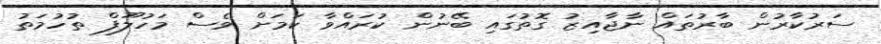
ސަރުކާރުން ބާރުތައް ނާޖާއިޒު ގޮތުގައި ބޭނުން ކުރައްވާ ކަމަށް ވެސް މަހުލޫފް ތުހުމަތު